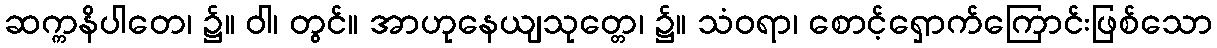
ဆက္ကနိပါတေ၊ ၌။ ဝါ၊ တွင်။ အာဟုနေယျသုတ္တေ၊ ၌။ သံဝရာ၊ စောင့်ရှောက်ကြောင်းဖြစ်သော